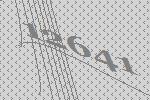
12641